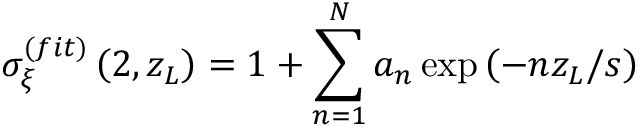
\sigma _ { \xi } ^ { ( f i t ) } \left( 2 , z _ { L } \right) = 1 + \sum _ { n = 1 } ^ { N } a _ { n } \exp \left( - n z _ { L } / s \right)